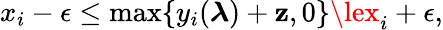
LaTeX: x_{i}-\epsilon\le\operatorname*{max}\{ y_{i}(\boldsymbol{\lambda})+\mathbf{z},0\} \lex_{i}+\epsilon,